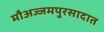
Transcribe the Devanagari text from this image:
मौअज्जमपुरसादात